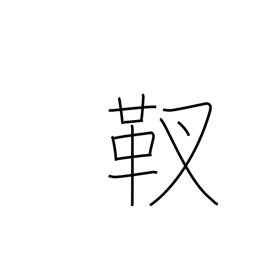
Meaning: quiver